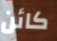
كائن